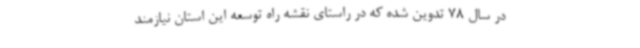
در سال 78 تدوین شده که در راستای نقشه راه توسعه این استان نیازمند